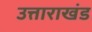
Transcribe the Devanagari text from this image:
उत्ताराखंड